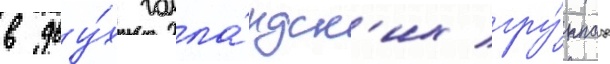
в дву́х голла́ндск'их гру́ппах